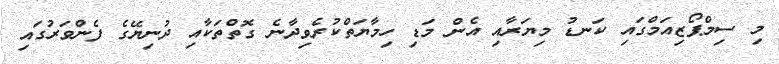
މި ސިމްޕޯޒިއަމްގައި ކަނޑު މިޔަރާއި އެން މަޑި ހިމާޔަތްކުރެވިދާނެ ގޮތްތަކާއި ދުނިޔޭގެ ފެންވަރުގައި